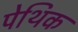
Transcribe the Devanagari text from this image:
पेथिक